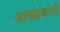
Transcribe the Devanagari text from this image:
आद्यग्रंथाची